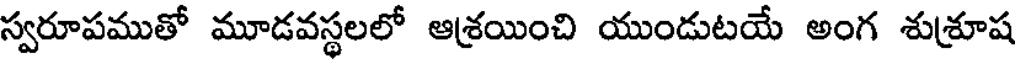
స్వరూపముతో మూడవస్థలలో ఆశ్రయించి యుండుటయే అంగ శుశ్రూష